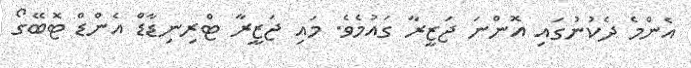
އެންމެ ދެކުނުގައި އޮންނަ ޖަޒީރާ ގައުމެވެ. މައި ޖަޒީރާ ޓްރިނިޑާޑް އެންޑް ޓޮބޭގޯ